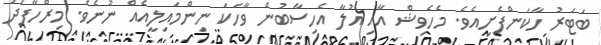
ބަޓަރު ހާކަންފެށިއެވެ. މެހެވިޝް އާއި އުލާ އެހިސާބުން ވާހަކަ ނިންމައިލީއެއް ނޫނެވެ. މިރްހާފަދަ